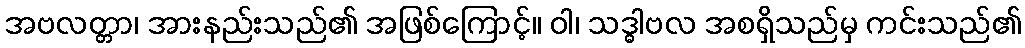
အဗလတ္တာ၊ အားနည်းသည်၏ အဖြစ်ကြောင့်။ ဝါ၊ သဒ္ဓါဗလ အစရှိသည်မှ ကင်းသည်၏